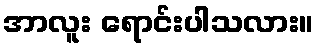
အာလူး ရောင်းပါသလား။